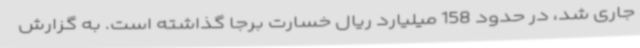
جاری شد، در حدود 158 میلیارد ریال خسارت برجا گذاشته است. به گزارش